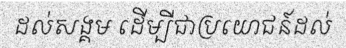
ដល់សង្គម ដើម្បីជាប្រយោជន៍ដល់